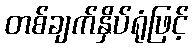
တစ်ချက်နှိပ်ရုံဖြင့်